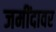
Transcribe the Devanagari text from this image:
जमींदावर